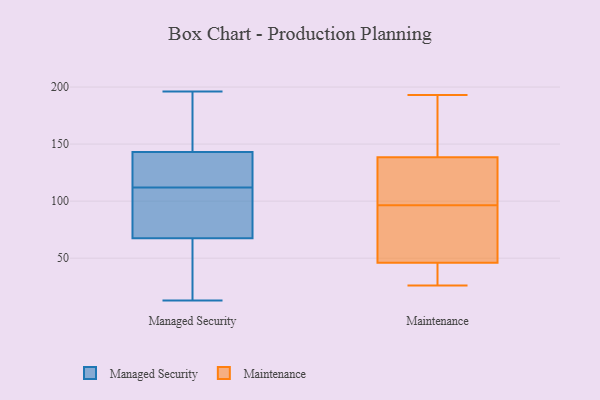
{"axis": {"x": "Operating Costs (USD K)", "y": "Value"}, "legend": ["Maintenance", "Managed Security"], "data": [{"x": "", "y": 101, "type": "Managed Security"}, {"x": "", "y": 72, "type": "Managed Security"}, {"x": "", "y": 53, "type": "Managed Security"}, {"x": "", "y": 137, "type": "Managed Security"}, {"x": "", "y": 13, "type": "Managed Security"}, {"x": "", "y": 144, "type": "Managed Security"}, {"x": "", "y": 95, "type": "Managed Security"}, {"x": "", "y": 112, "type": "Managed Security"}, {"x": "", "y": 48, "type": "Managed Security"}, {"x": "", "y": 66, "type": "Managed Security"}, {"x": "", "y": 169, "type": "Managed Security"}, {"x": "", "y": 83, "type": "Managed Security"}, {"x": "", "y": 140, "type": "Managed Security"}, {"x": "", "y": 66, "type": "Managed Security"}, {"x": "", "y": 117, "type": "Managed Security"}, {"x": "", "y": 196, "type": "Managed Security"}, {"x": "", "y": 135, "type": "Managed Security"}, {"x": "", "y": 181, "type": "Managed Security"}, {"x": "", "y": 190, "type": "Managed Security"}, {"x": "", "y": 193, "type": "Maintenance"}, {"x": "", "y": 41, "type": "Maintenance"}, {"x": "", "y": 49, "type": "Maintenance"}, {"x": "", "y": 152, "type": "Maintenance"}, {"x": "", "y": 26, "type": "Maintenance"}, {"x": "", "y": 63, "type": "Maintenance"}, {"x": "", "y": 97, "type": "Maintenance"}, {"x": "", "y": 115, "type": "Maintenance"}, {"x": "", "y": 175, "type": "Maintenance"}, {"x": "", "y": 96, "type": "Maintenance"}, {"x": "", "y": 125, "type": "Maintenance"}, {"x": "", "y": 43, "type": "Maintenance"}]}